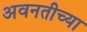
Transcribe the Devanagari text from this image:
अवनतीच्या